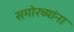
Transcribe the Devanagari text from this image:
समोरच्यांना